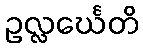
ဥလ္လင်္ဃေတိ